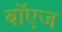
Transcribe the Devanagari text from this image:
बॉएज